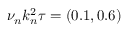
\nu _ { n } k _ { n } ^ { 2 } \tau = ( 0 . 1 , 0 . 6 )